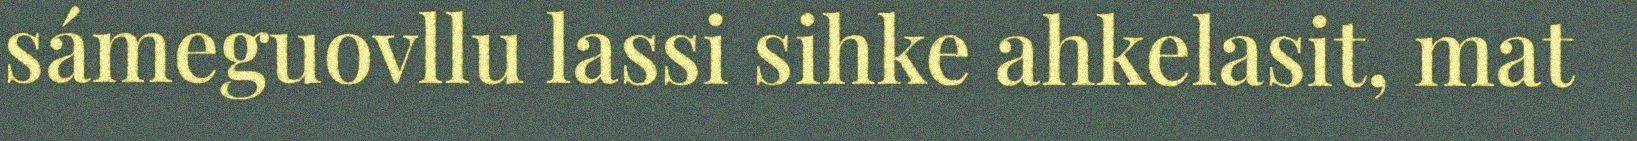
sámeguovllu lassi sihke ahkelasit, mat